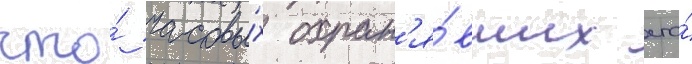
что́ часовы́х охран'я́вших его́